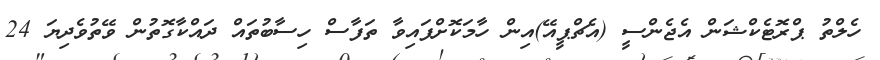
ހެލްތު ޕްރޮޓެކްޝަން އެޖެންސީ (އެޗްޕީއޭ)އިން ހާމަކޮށްފައިވާ ތަފާސް ހިސާބުތައް ދައްކާގޮތުން ވޭތުވެދިޔަ 24